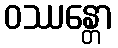
ဝဿန္တော